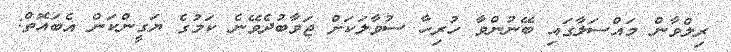
ރިލްވާން މައްސަލާގައި ބޭނުންވާ ހުރިހާ ސުވާލަކަށް ޖަވާބުދެވޭނެ ކަމުގެ ޔަގީންކަން އެބައޮތް: